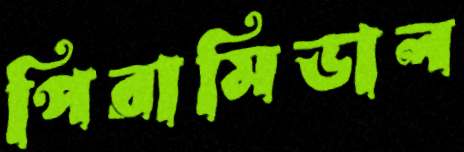
পিরামিডাল